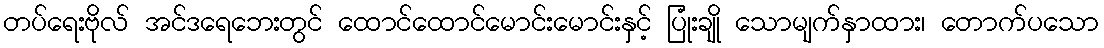
တပ်ရေးဗိုလ် အင်ဒရေဘေးတွင် ထောင်ထောင်မောင်းမောင်းနှင့် ပြုံးချို သောမျက်နှာထား၊ တောက်ပသော